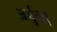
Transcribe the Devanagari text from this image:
अर्जुन्स्